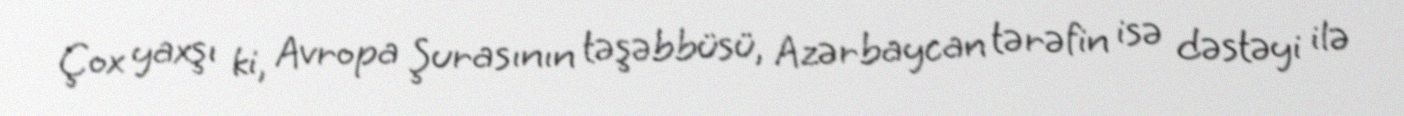
Çox yaxşı ki, Avropa Şurasının təşəbbüsü, Azərbaycan tərəfin isə dəstəyi ilə